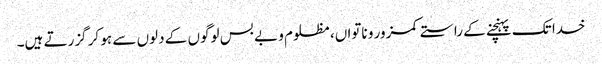
خدا تک پہنچنے کے راستے کمزور و ناتواں، مظلوم و بے بس لوگوں کے دلوں سے ہو کر گزرتے ہیں۔